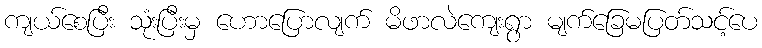
ကျယ်စေပြီး သုံးပြီးမှ ဟောပြောလျက် မိဖာလဲကျေးရွာ မျက်ခြေမပြတ်သင့်ပေ